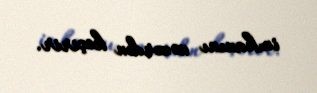
imkanını nəzərdən keçirir.